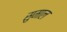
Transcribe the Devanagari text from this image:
सुमाल